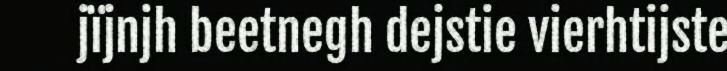
jïjnjh beetnegh dejstie vierhtijste